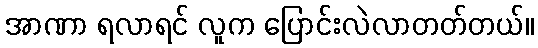
အာဏာ ရလာရင် လူက ပြောင်းလဲလာတတ်တယ်။